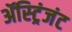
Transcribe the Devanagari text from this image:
ॲस्ट्रिंजंट